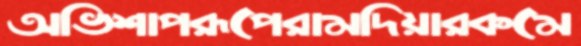
অভিশাপরূপেরামদিয়ারকমে